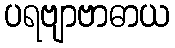
ပရဗျာဗာဓာယ